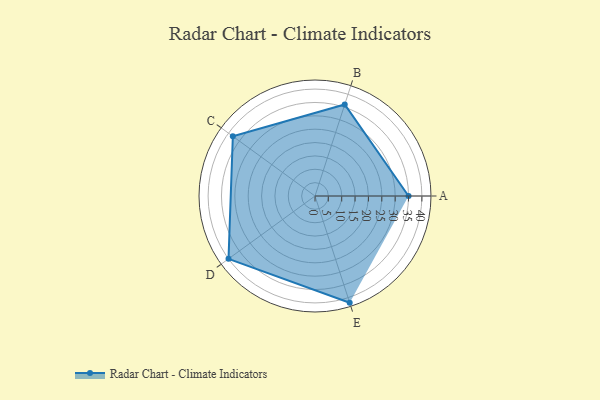
{"axis": {"x": "Skill", "y": "Score"}, "legend": ["Profile"], "data": [{"x": "A", "y": 35.0, "type": "Profile"}, {"x": "B", "y": 36.0, "type": "Profile"}, {"x": "C", "y": 38.0, "type": "Profile"}, {"x": "D", "y": 40.0, "type": "Profile"}, {"x": "E", "y": 42.0, "type": "Profile"}]}